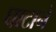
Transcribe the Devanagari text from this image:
घाटानें